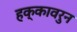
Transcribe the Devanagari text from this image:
हक्कावरुन